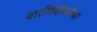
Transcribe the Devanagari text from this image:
शागिर्दांबरोबर